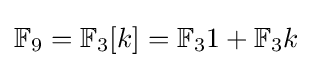
\mathbb {F} _{9}=\mathbb {F} _{3}[k]=\mathbb {F} _{3}1+\mathbb {F} _{3}k